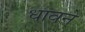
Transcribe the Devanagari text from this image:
धावने